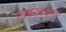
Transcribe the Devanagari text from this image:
एकश्लोकात्मक